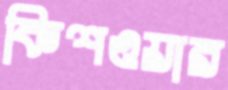
কিশওয়ার